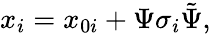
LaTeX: x_{i}=x_{0i}+\Psi\sigma_{i}\tilde{\Psi},